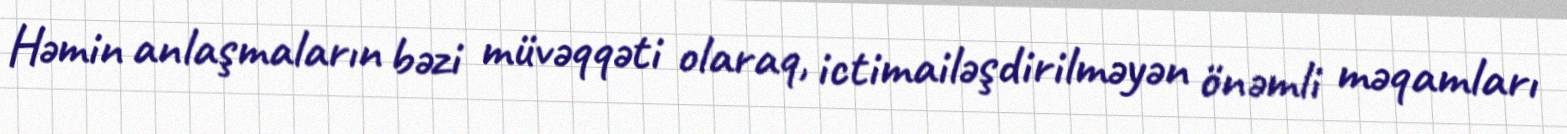
Həmin anlaşmaların bəzi müvəqqəti olaraq, ictimailəşdirilməyən önəmli məqamları